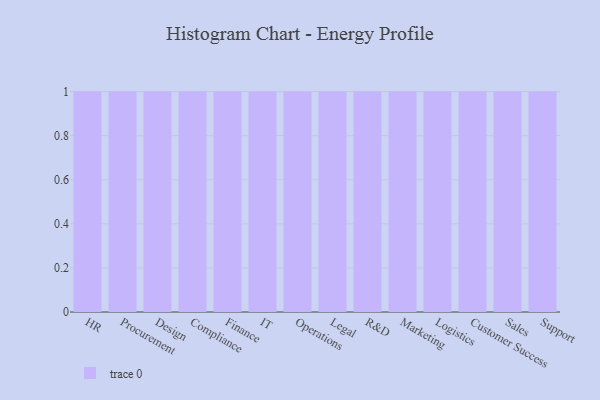
{"axis": {"x": "Department", "y": "Net Income (USD K)"}, "legend": [""], "data": [{"x": "HR", "y": 15, "type": ""}, {"x": "Procurement", "y": 63, "type": ""}, {"x": "Design", "y": 80, "type": ""}, {"x": "Compliance", "y": 36, "type": ""}, {"x": "Finance", "y": 42, "type": ""}, {"x": "IT", "y": 80, "type": ""}, {"x": "Operations", "y": 92, "type": ""}, {"x": "Legal", "y": 45, "type": ""}, {"x": "R&D", "y": 32, "type": ""}, {"x": "Marketing", "y": 69, "type": ""}, {"x": "Logistics", "y": 76, "type": ""}, {"x": "Customer Success", "y": 42, "type": ""}, {"x": "Sales", "y": 100, "type": ""}, {"x": "Support", "y": 48, "type": ""}]}